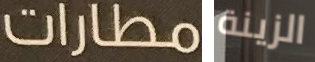
مطارات الزينة